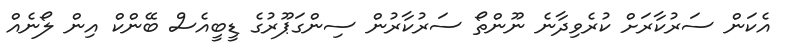
އެކަން ސަރުކާރަށް ކުރެވިދާނެ ނޫންތޯ ސަރުކާރުން ސިންގަޕޫރުގެ ޑީބީއެސް ބޭންކް އިން ލޯނެއް